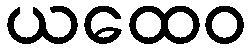
ယထေဝ